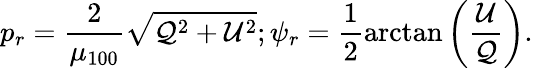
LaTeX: p_{r}=\frac{2}{\mu_{100}}\sqrt{\mathcal{Q}^{2}+\mathcal{U}^{2}};\psi_{r}=\frac{1}{2}\arctan\left(\frac{\mathcal{U}}{\mathcal{Q}}\right).